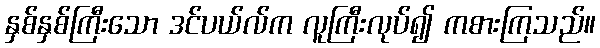
နှစ်နှစ်ကြီးသော ဒင်ပယ်လ်က လူကြီးလုပ်၍ ကစားကြသည်။